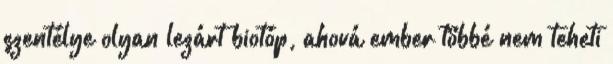
szentélye olyan lezárt biotóp, ahová ember többé nem teheti